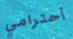
أحترامي